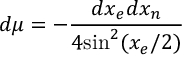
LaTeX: d \mu = - \frac { d x _ { e } d x _ { n } } { 4 \mathrm { s i n } ^ { 2 } ( x _ { e } / 2 ) }